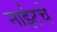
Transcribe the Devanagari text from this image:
नाईटचे